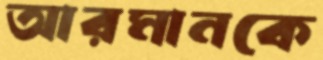
আরমানকে